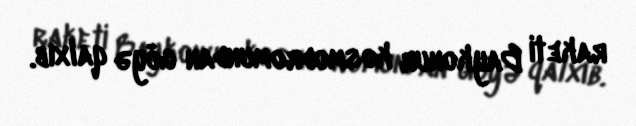
raketi Baykonur kosmodromundan göyə qalxıb.